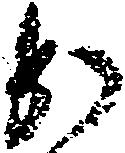
か